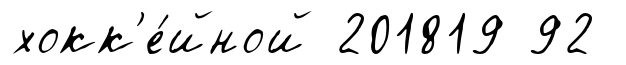
хокк'е́йной 201819 92